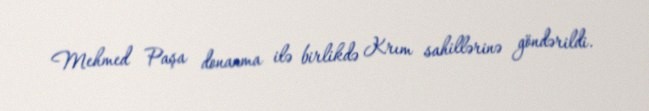
Mehmed Paşa donanma ilə birlikdə Krım sahillərinə göndərildi.